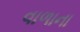
વાળાના